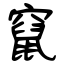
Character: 竄